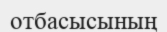
отбасысының